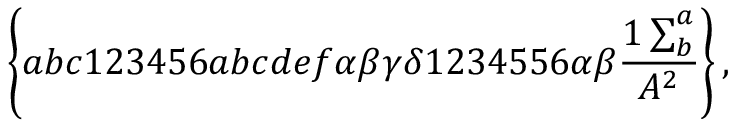
\left\{ a b c 1 2 3 4 5 6 a b c d e f \alpha \beta \gamma \delta 1 2 3 4 5 5 6 \alpha \beta \frac { 1 \sum _ { b } ^ { a } } { A ^ { 2 } } \right\} ,